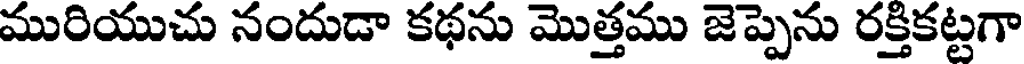
మురియుచు నందుడా కథను మొత్తము జెప్పెను రక్తికట్టగా